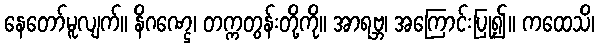
နေတော်မူလျက်။ နိဂဏ္ဌေ၊ တက္ကတွန်းတို့ကို။ အာရဗ္ဘ၊ အကြောင်းပြု၍။ ကထေသိ၊